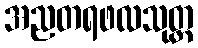
အညတရဖလသုတ္တ